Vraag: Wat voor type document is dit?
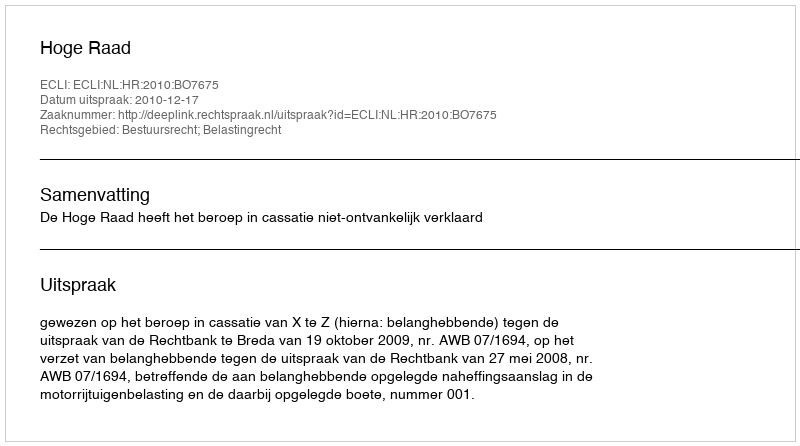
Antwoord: Uitspraak